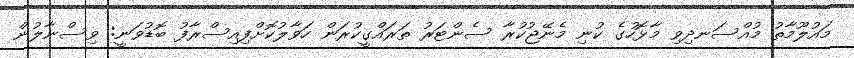
މައުލޫމާތު މުއްސަނދިވި މާޅޮހުގެ ކުނި މެނޭޖުކުރާ ސެންޓަރު ތަރައްގީކުރަން ހަވާލުކޮށްފިއިސްރާފު ބޮޑުވަނީ: ވިސްނާލުން